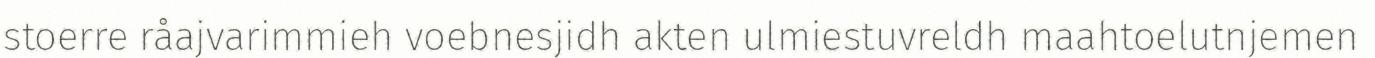
stoerre råajvarimmieh voebnesjidh akten ulmiestuvreldh maahtoelutnjemen